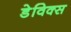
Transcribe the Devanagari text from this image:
डेविक्स